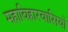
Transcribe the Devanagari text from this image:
महाविहारवासियों